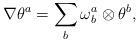
LaTeX: \begin{align*}\nabla \theta^a =\sum_b \omega^a_b \otimes \theta^b,\end{align*}